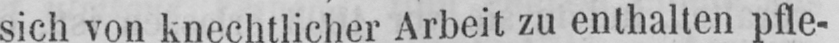
sich von knechtlicher Arbeit zu enthalten pfle-